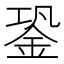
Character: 銎